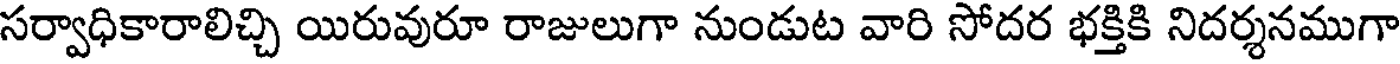
సర్వాధికారాలిచ్చి యిరువురూ రాజులుగా నుండుట వారి సోదర భక్తికి నిదర్శనముగా